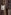
لا